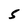
Character: 5